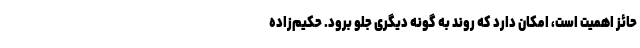
حائز اهمیت است، امکان دارد که روند به گونه دیگری جلو برود. حکیم‌زاده